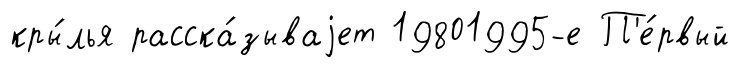
кры́лья расска́зываjет 19801995-е П'е́рвый